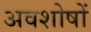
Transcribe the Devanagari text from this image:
अवशोषों